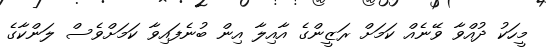
މީހަކު ދުއްވާ ވޭނެއް ކަމަށް ރަޒީންގެ އާއިލާ އިން ބުނެފައިވާ ކަމަށްވެސް ލަންކާގެ